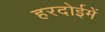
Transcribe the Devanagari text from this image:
हरदोईमें